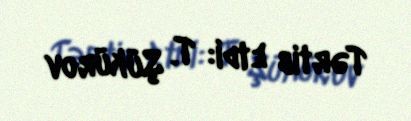
Tərtib etdi: T. Şükürov